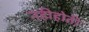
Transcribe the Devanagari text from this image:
नहीहोती